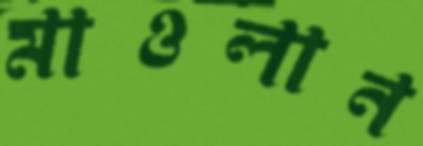
মাওলান